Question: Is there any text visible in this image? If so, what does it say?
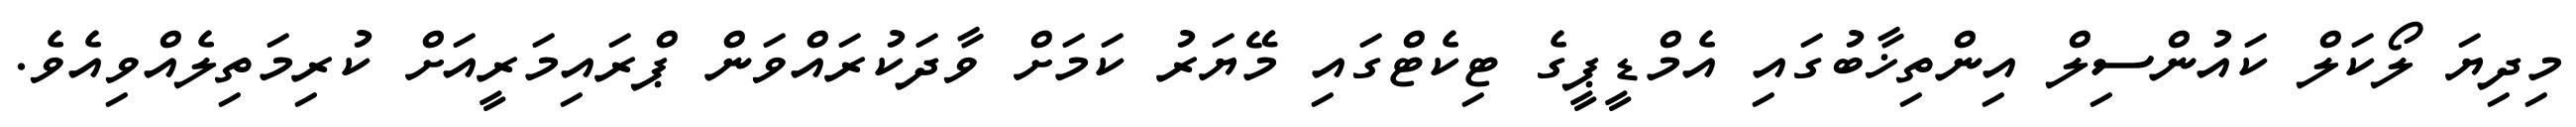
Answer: މިދިޔަ ލޯކަލް ކައުންސިލް އިންތިޚާބުގައި އެމްޑީޕީގެ ޓިކެޓްގައި މޭޔަރު ކަމަށް ވާދަކުރައްވަން ޕްރައިމަރީއަށް ކުރިމަތިލެއްވިއެވެ.